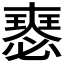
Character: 𡚉